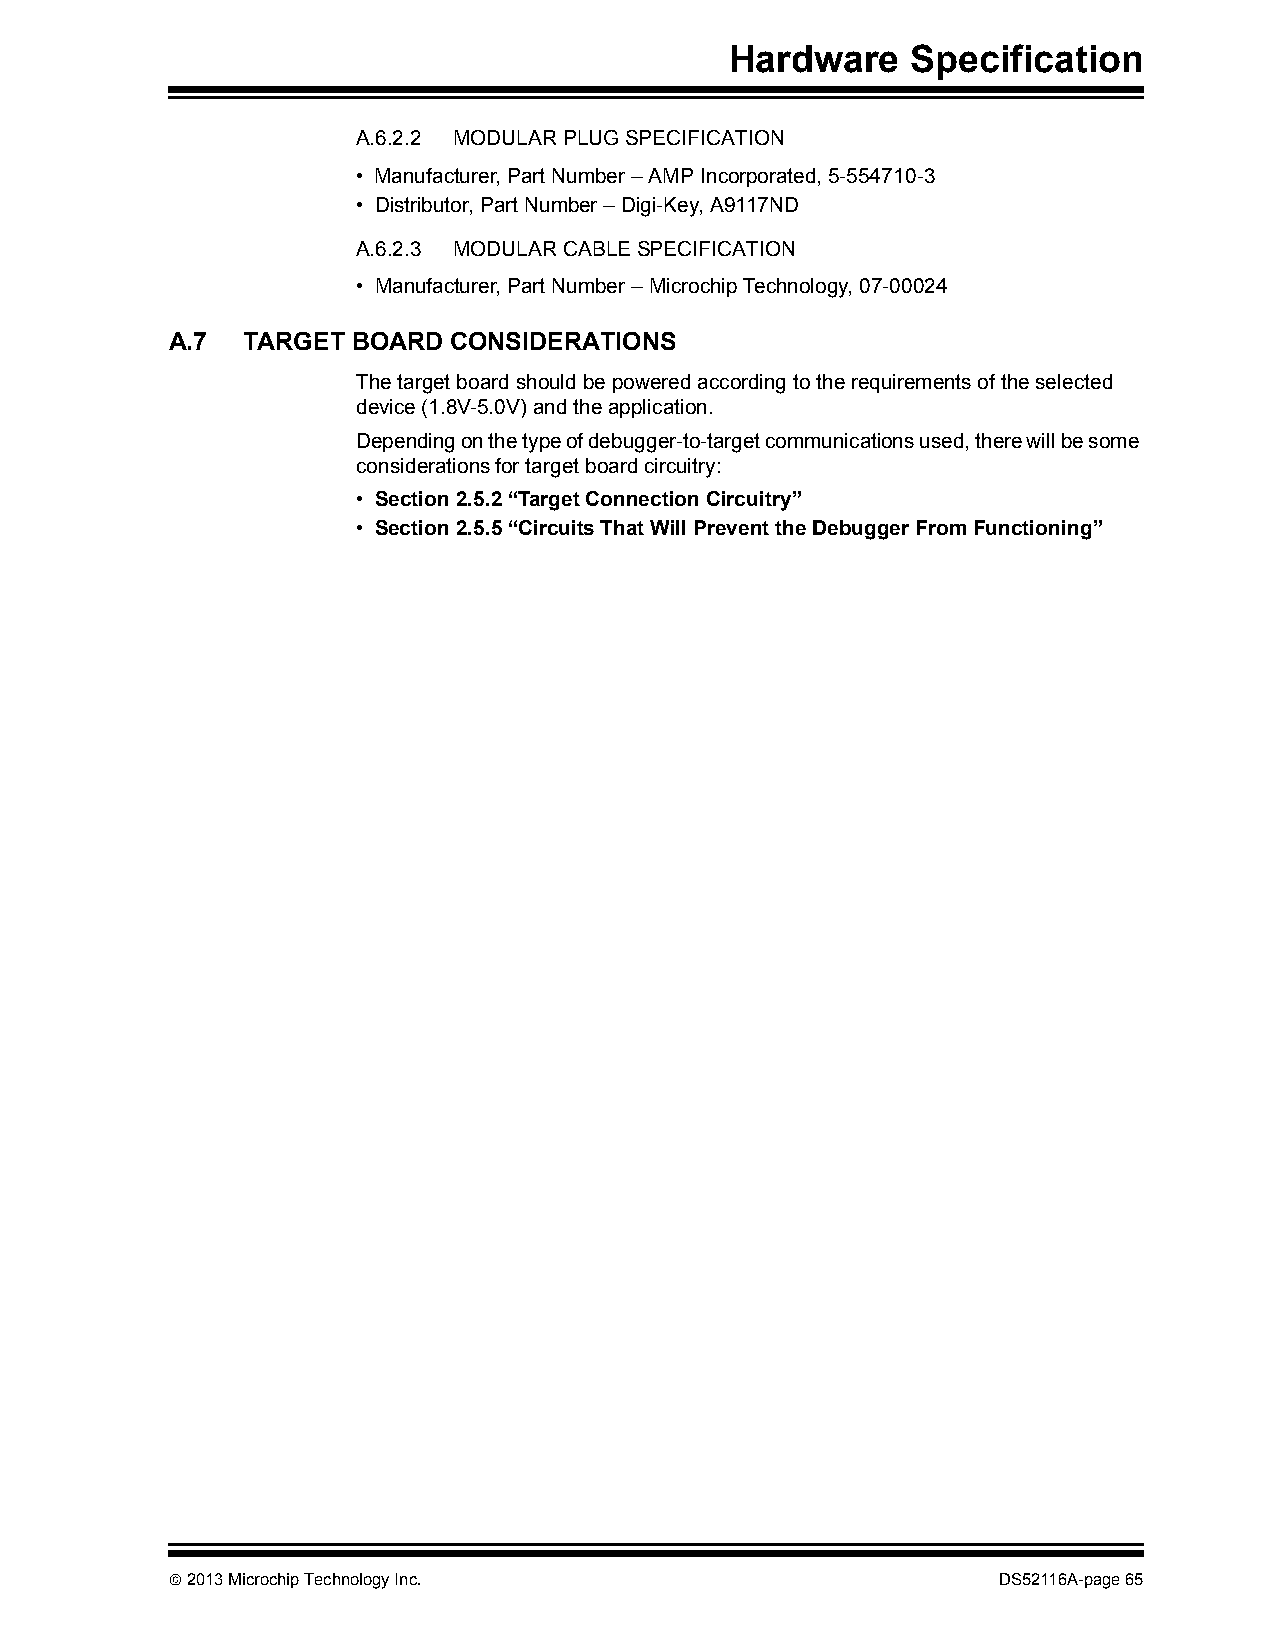
Hardware    Specification
 A.6.2.2 MODULAR PLUG SPECIFICATION
 • Manufacturer, Part Number – AMP Incorporated, 5-554710-3
 • Distributor, Part Number – Digi-Key, A9117ND
 A.6.2.3 MODULAR CABLE SPECIFICATION
 • Manufacturer, Part Number – Microchip Technology, 07-00024
 A.7  TARGET BOARD  CONSIDERATIONS
 The target board should be powered according to the requirements of the selected
 device (1.8V-5.0V) and the application.
 Depending on the type of debugger-to-target communications used, there will be some
 considerations for target board circuitry:
 • Section2.5.2“Target Connection Circuitry”
 • Section2.5.5“Circuits That Will Prevent the Debugger From Functioning”
  2013 Microchip Technology Inc.                       DS52116A-page 65